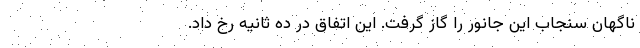
ناگهان سنجاب این جانور را گاز گرفت. این اتفاق در ده ثانیه رخ داد.